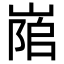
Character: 𡺇